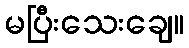
မပြီးသေးချေ။